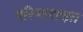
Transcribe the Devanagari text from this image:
परिभाशःइत